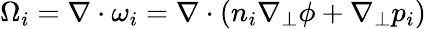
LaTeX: \Omega_{i}=\nabla\cdot\omega_{i}=\nabla\cdot\left(n_{i}\nabla_{\perp}\phi+\nabla_{\perp}p_{i}\right)